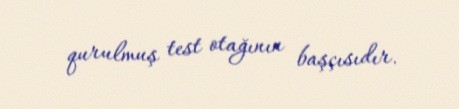
qurulmuş test otağının başçısıdır.